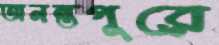
অনন্তপুরে